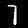
Label: 7